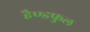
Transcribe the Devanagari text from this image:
हैण्डफुल